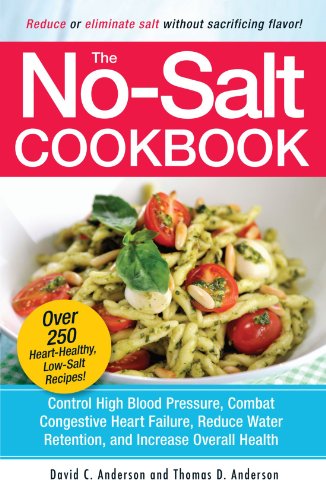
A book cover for The No-Salt Cookbook: Reduce or Eliminate Salt Without Sacrificing Flavor; David C. Anderson; Cookbooks, Food & Wine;